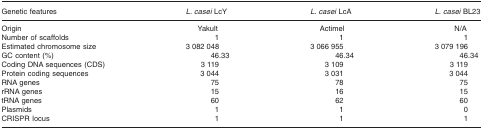
<table><thead><tr><td><b>Genetic features</b></td><td><b><i>L. casei</i> LcY</b></td><td><b><i>L. casei</i> LcA</b></td><td><b><i>L. casei</i> BL23</b></td></tr></thead><tbody><tr><td>Origin</td><td>Yakult</td><td>Actimel</td><td>N/A</td></tr><tr><td>Number of scaffolds</td><td>1</td><td>1</td><td>1</td></tr><tr><td>Estimated chromosome size</td><td>3 082 048</td><td>3 066 955</td><td>3 079 196</td></tr><tr><td>GC content (%)</td><td>46.33</td><td>46.34</td><td>46.34</td></tr><tr><td>Coding DNA sequences (CDS)</td><td>3 119</td><td>3 109</td><td>3 119</td></tr><tr><td>Protein coding sequences</td><td>3 044</td><td>3 031</td><td>3 044</td></tr><tr><td>RNA genes</td><td>75</td><td>78</td><td>75</td></tr><tr><td>rRNA genes</td><td>15</td><td>16</td><td>15</td></tr><tr><td>tRNA genes</td><td>60</td><td>62</td><td>60</td></tr><tr><td>Plasmids</td><td>1</td><td>1</td><td>0</td></tr><tr><td>CRISPR locus</td><td>1</td><td>1</td><td>1</td></tr></tbody></table>